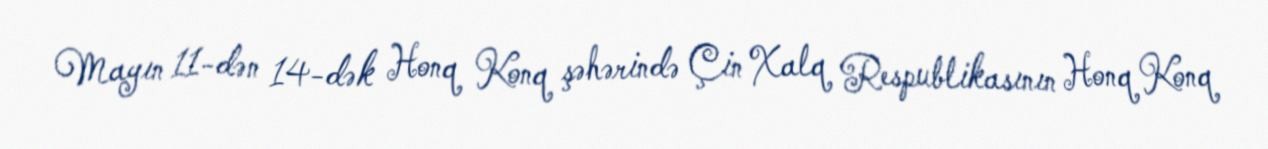
Mayın 11-dən 14-dək Honq Konq şəhərində Çin Xalq Respublikasının Honq Konq